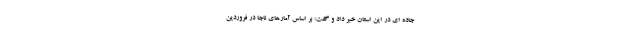
جاده ای در این استان خبر داد و گفت: بر اساس آمارهای ناجا در فروردین